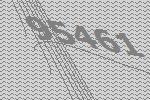
95461